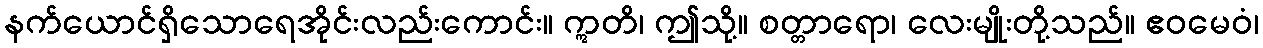
နက်ယောင်ရှိသောရေအိုင်းလည်းကောင်း။ ဣတိ၊ ဤသို့။ စတ္တာရော၊ လေးမျိုးတို့သည်။ ဧဝမေဝံ၊